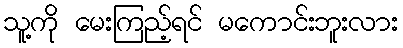
သူ့ကို မေးကြည့်ရင် မကောင်းဘူးလား